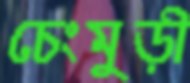
চেংমুড়ী